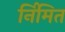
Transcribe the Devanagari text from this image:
र्निमित